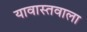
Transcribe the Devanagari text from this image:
यावास्तवाला